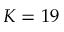
K = 1 9